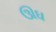
ઊઘ